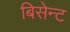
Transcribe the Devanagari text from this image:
बिसेन्ट